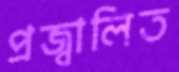
প্রজ্বালিত